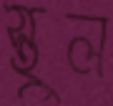
স্থুল